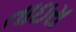
તાઇરા